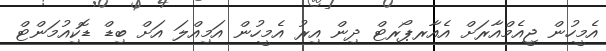
އެމީހުން ޖީއެމްއާރަށް އެއާރޕޯރޓް ދިން އިރު އެމީހުން އަމިއްލަ އަށް ބިޑް ޑޮކިއުމަންޓް